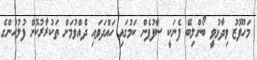
މަހުފޫޒު ވިދާޅުވީ ބޯންލިބޭ ފެނަކީ ސާފުފެން ކަމުގައި ހައްދަވައި ދެއްވުމަށް ތަކުރާރުކޮށް ފުލުހުންގެ